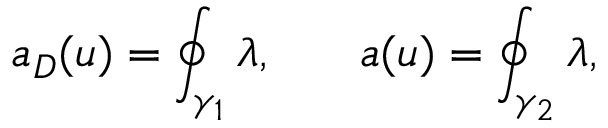
a _ { D } ( u ) = \oint _ { \gamma _ { 1 } } \lambda , \: \: \: \: \: \: \: \: a ( u ) = \oint _ { \gamma _ { 2 } } \lambda ,